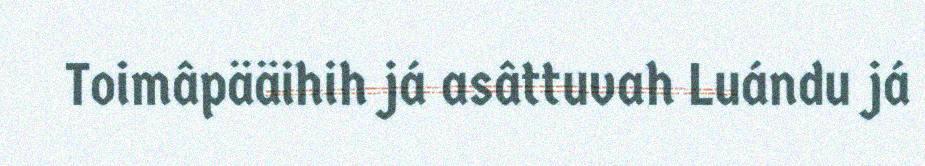
Toimâpääihih já asâttuvah Luándu já